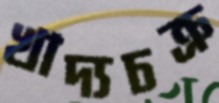
খাদ্যচক্র